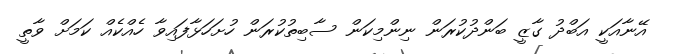
އޭނާއަކީ އަބްދު ގާޒީ ބަންދުކުރަން ނިންމިކަން ސާބިތުކުރަން ހުށަހަޅާފައިވާ ހެއްކެއް ކަމަށް ވާތީ